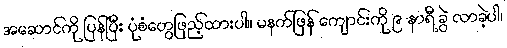
အဆောင်ကို ပြန်ပြီး ပုံစံတွေဖြည့်ထားပါ။ မနက်ဖြန် ကျောင်းကို ၉ နာရီ ခွဲ လာခဲ့ပါ၊